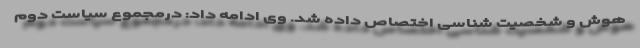
هوش و شخصیت شناسی اختصاص داده شد. وی ادامه داد: درمجموع سیاست دوم